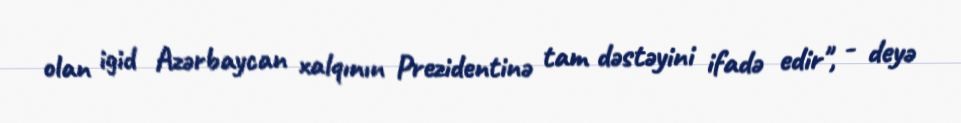
olan igid Azərbaycan xalqının Prezidentinə tam dəstəyini ifadə edir", - deyə